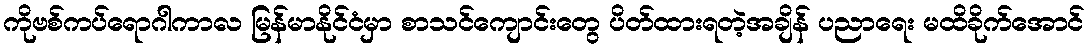
ကိုဗစ်ကပ်ရောဂါကာလ မြန်မာနိုင်ငံမှာ စာသင်ကျောင်းတွေ ပိတ်ထားရတဲ့အချိန် ပညာရေး မထိခိုက်အောင်